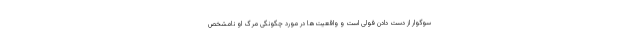
سوگوار از دست دادن فولی است و واقعیت‌ها در مورد چگونگی مرگ او نامشخص